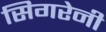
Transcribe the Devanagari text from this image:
सिगरेनी